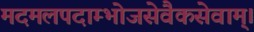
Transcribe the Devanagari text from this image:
मदमलपदाम्भोजसेवैकसेवाम्।